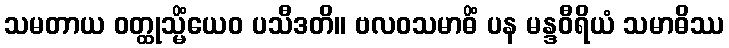
သမတာယ ဝတ္ထုသ္မိံယေဝ ပသီဒတိ။ ဗလဝသမာဓိံ ပန မန္ဒဝီရိယံ သမာဓိဿ